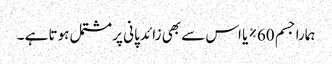
ہمارا جسم 60% یا اس سے بھی زائد پانی پر مشتمل ہوتا ہے ۔